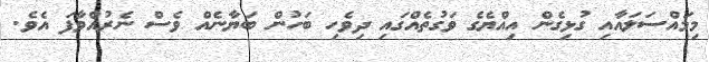
މިމައްސަލައާއި ގުޅިގެން އިއްޔެގެ ވަގުތެއްގައި ދިވެހި ބަހުން ބަޔާނެއް ވެސް ނެރުއްވާފަ އެވެ.